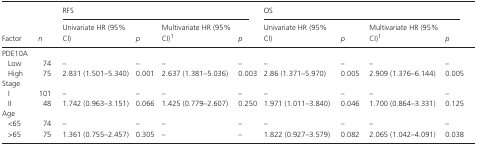
<table><thead><tr><td rowspan="2"><b>Factor</b></td><td rowspan="2"><b><i>n</i></b></td><td colspan="4"><b>RFS</b></td><td colspan="4"><b>OS</b></td></tr><tr><td><b>Univariate HR (95% CI)</b></td><td><b><i>p</i></b></td><td><b>Multivariate HR (95% CI)a</b></td><td><b><i>p</i></b></td><td><b>Univariate HR (95% CI)</b></td><td><b><i>p</i></b></td><td><b>Multivariate HR (95% CI)a</b></td><td><b><i>p</i></b></td></tr></thead><tbody><tr><td colspan="10">PDE10A</td></tr><tr><td>Low</td><td>74</td><td>–</td><td>–</td><td>–</td><td>–</td><td>–</td><td>–</td><td>–</td><td>–</td></tr><tr><td>High</td><td>75</td><td>2.831 (1.501–5.340)</td><td>0.001</td><td>2.637 (1.381–5.036)</td><td>0.003</td><td>2.86 (1.371–5.970)</td><td>0.005</td><td>2.909 (1.376–6.144)</td><td>0.005</td></tr><tr><td colspan="10">Stage</td></tr><tr><td>I</td><td>101</td><td>–</td><td>–</td><td>–</td><td>–</td><td>–</td><td>–</td><td>–</td><td>–</td></tr><tr><td>II</td><td>48</td><td>1.742 (0.963–3.151)</td><td>0.066</td><td>1.425 (0.779–2.607)</td><td>0.250</td><td>1.971 (1.011–3.840)</td><td>0.046</td><td>1.700 (0.864–3.331)</td><td>0.125</td></tr><tr><td colspan="10">Age</td></tr><tr><td>&lt;65</td><td>74</td><td>–</td><td>–</td><td>–</td><td>–</td><td>–</td><td>–</td><td>–</td><td>–</td></tr><tr><td>&gt;65</td><td>75</td><td>1.361 (0.755–2.457)</td><td>0.305</td><td>–</td><td>–</td><td>1.822 (0.927–3.579)</td><td>0.082</td><td>2.065 (1.042–4.091)</td><td>0.038</td></tr></tbody></table>